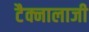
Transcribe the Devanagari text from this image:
टैक्नालाजी